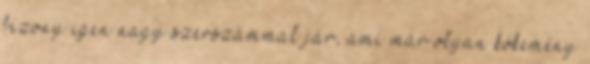
bizony igen nagy szerszámmal jár, ami már olyan kőkemény